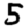
Digit: 5